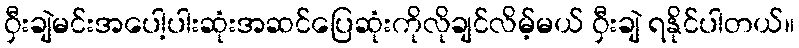
ဝှီးချဲမင်းအပေါ့ပါးဆုံးအဆင်ပြေဆုံးကိုလိုချင်လိမ့်မယ် ဝှီးချဲ ရနိုင်ပါတယ်။